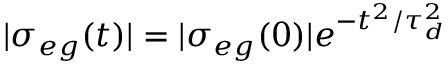
| \sigma _ { e g } ( t ) | = | \sigma _ { e g } ( 0 ) | e ^ { - t ^ { 2 } / \tau _ { d } ^ { 2 } }